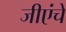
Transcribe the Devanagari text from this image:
जीएंचे